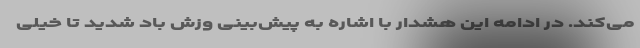
می‌کند. در ادامه این هشدار با اشاره به پیش‌بینی وزش باد شدید تا خیلی